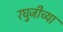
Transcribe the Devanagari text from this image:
रघुजीच्या